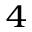
_ 4